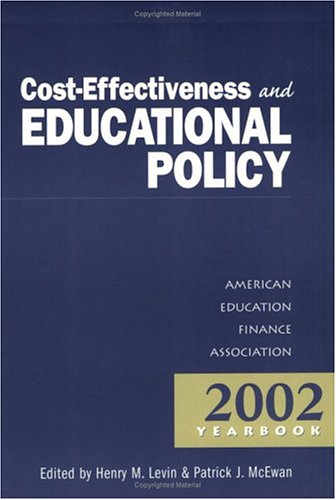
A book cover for Cost Effectiveness and Educational Policy (Annual Yearbook of the American Education Finance Association); Henry M. Levin; Education & Teaching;